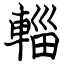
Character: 輜